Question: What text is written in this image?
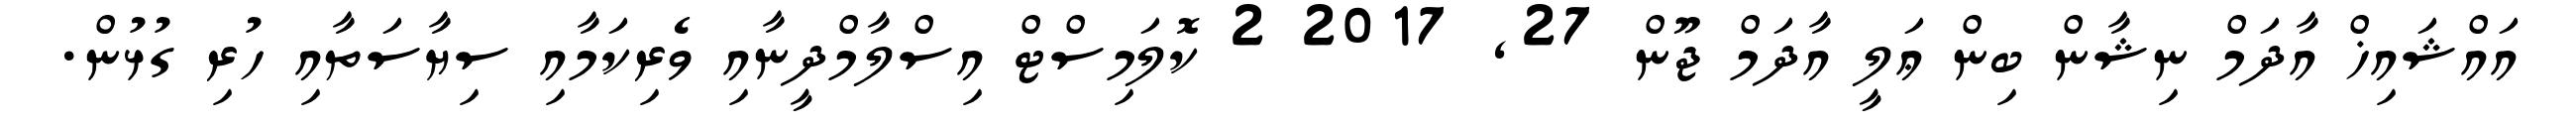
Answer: އައްޝައިޚް އާދަމް ނިޝާން ބިން ޢަލީ އާދަމް ޖޫން 27, 2017 2 ކޮލަމިސްޓް އިސްލާމްދީނާއި ވެރިކަމާއި ސިޔާސަތާއި ހުރި ގުޅުން.